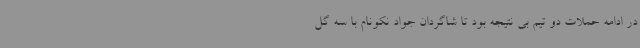
در ادامه حملات دو تیم بی نتیجه بود تا شاگردان جواد نکونام با سه گل